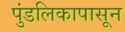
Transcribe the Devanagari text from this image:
पुंडलिकापासून